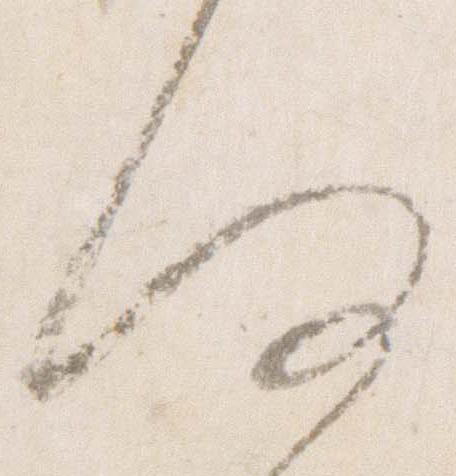
何